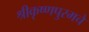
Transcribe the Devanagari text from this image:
श्रीकृष्णपुरमचे